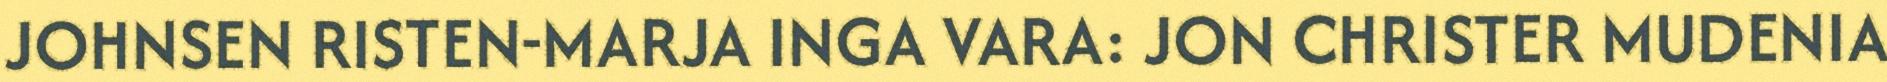
JOHNSEN RISTEN-MARJA INGA VARA: JON CHRISTER MUDENIA